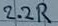
Text: 12R